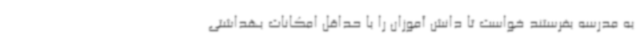
به مدرسه بفرستند خواست تا دانش آموزان را با حداقل امکانات بهداشتی